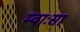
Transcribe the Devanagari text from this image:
म्वाःसा